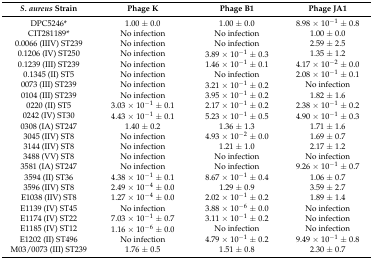
<table><thead><tr><td><b><i>S. aureus</i> Strain</b></td><td><b>Phage K</b></td><td><b>Phage B1</b></td><td><b>Phage JA1 </b></td></tr></thead><tbody><tr><td>DPC5246*</td><td>1.00 ± 0.0</td><td>1.00 ± 0.0</td><td>8.98 × 10<sup>−1</sup> ± 0.8</td></tr><tr><td>CIT281189*</td><td>No infection</td><td>No infection</td><td>1.00 ± 0.0</td></tr><tr><td>0.0066 (IIIV) ST239</td><td>No infection</td><td>No infection</td><td>2.59 ± 2.5 </td></tr><tr><td>0.1206 (IV) ST250</td><td>No infection</td><td>3.89 × 10<sup>−1</sup> ± 0.3</td><td>1.35 ± 1.2 </td></tr><tr><td>0.1239 (III) ST239</td><td>No infection</td><td>1.46 × 10<sup>−1</sup> ± 0.1</td><td>4.17 × 10<sup>−2</sup> ± 0.0</td></tr><tr><td>0.1345 (II) ST5</td><td>No infection</td><td>No infection</td><td>2.08 × 10<sup>−1</sup> ± 0.1</td></tr><tr><td>0073 (III) ST239</td><td>No infection</td><td>3.21 × 10<sup>−1</sup> ± 0.2</td><td>No infection</td></tr><tr><td>0104 (III) ST239</td><td>No infection</td><td>3.95 × 10<sup>−1</sup> ± 0.2</td><td>1.82 ± 1.6</td></tr><tr><td>0220 (II) ST5</td><td>3.03 × 10<sup>−1</sup> ± 0.1</td><td>2.17 × 10<sup>−1</sup> ± 0.2</td><td>2.38 × 10<sup>−1</sup> ± 0.2</td></tr><tr><td>0242 (IV) ST30</td><td>4.43 × 10<sup>−1</sup> ± 0.1</td><td>5.23 × 10<sup>−1</sup> ± 0.5</td><td>4.90 × 10<sup>−1</sup> ± 0.3</td></tr><tr><td>0308 (IA) ST247</td><td>1.40 ± 0.2</td><td>1.36 ± 1.3</td><td>1.71 ± 1.6</td></tr><tr><td>3045 (IIV) ST8</td><td>No infection</td><td>4.93 × 10<sup>−2</sup> ± 0.0</td><td>1.69 ± 0.7 </td></tr><tr><td>3144 (IIV) ST8</td><td>No infection</td><td>1.21 ± 1.0</td><td>2.17 ± 1.2 </td></tr><tr><td>3488 (VV) ST8</td><td>No infection</td><td>No infection</td><td>No infection</td></tr><tr><td>3581 (IA) ST247</td><td>No infection</td><td>No infection</td><td>9.26 × 10<sup>−1</sup> ± 0.7</td></tr><tr><td>3594 (II) ST36</td><td>4.38 × 10<sup>−1</sup> ± 0.1</td><td>8.67 × 10<sup>−1</sup> ± 0.4</td><td>1.06 ± 0.7 </td></tr><tr><td>3596 (IIV) ST8</td><td>2.49 × 10<sup>−4</sup> ± 0.0</td><td>1.29 ± 0.9</td><td>3.59 ± 2.7</td></tr><tr><td>E1038 (IIV) ST8</td><td>1.27 × 10<sup>−4</sup> ± 0.0</td><td>2.02 × 10<sup>−1</sup> ± 0.2</td><td>1.89 ± 1.4</td></tr><tr><td>E1139 (IV) ST45</td><td>No infection</td><td>3.88 × 10<sup>−6</sup> ± 0.0</td><td>No infection</td></tr><tr><td>E1174 (IV) ST22</td><td>7.03 × 10<sup>−1</sup> ± 0.7</td><td>3.11 × 10<sup>−1</sup> ± 0.2</td><td>No infection</td></tr><tr><td>E1185 (IV) ST12</td><td>1.16 × 10<sup>−6</sup> ± 0.0</td><td>No infection</td><td>No infection</td></tr><tr><td>E1202 (II) ST496</td><td>No infection</td><td>4.79 × 10<sup>−1</sup> ± 0.2</td><td>9.49 × 10<sup>−1</sup> ± 0.8</td></tr><tr><td>M03/0073 (III) ST239</td><td>1.76 ± 0.5</td><td>1.51 ± 0.8</td><td>2.30 ± 0.7</td></tr></tbody></table>